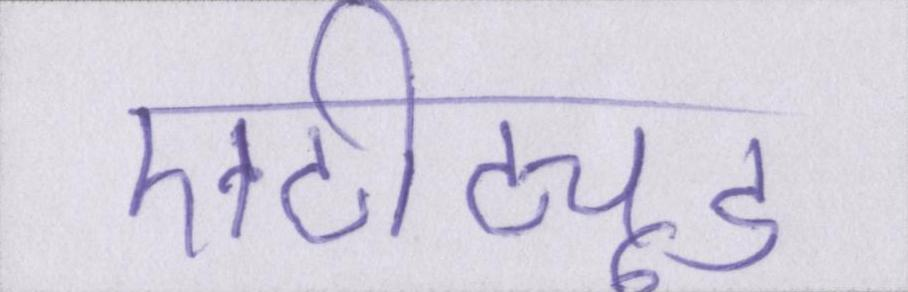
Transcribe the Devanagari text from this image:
एटीट्यूड